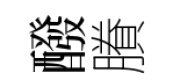
醱賸